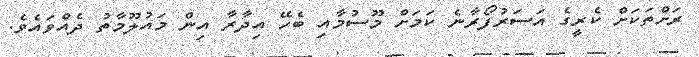
ރަށްތަކަށް ކެރީގެ އަސަރުފޯރާނެ ކަމަށް މޫސުމާއި ބެހޭ އިދާރާ އިން މައުލޫމާތު ދެއްވައެވެ.